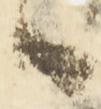
候